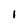
Character: I